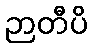
ဉာတီပိ